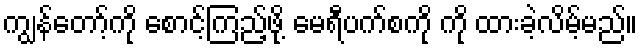
ကျွန်တော့်ကို စောင့်ကြည့်ဖို့ မေရီပက်စကို ကို ထားခဲ့လိမ့်မည်။